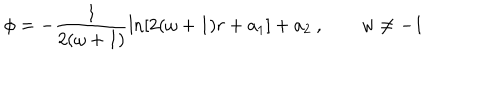
LaTeX: \phi = - \frac { 1 } { 2 ( \omega + 1 ) } \ln [ 2 ( \omega + 1 ) r + a _ { 1 } ] + a _ { 2 } \: , \quad \quad w \neq - 1